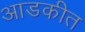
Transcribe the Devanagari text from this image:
आडकीत